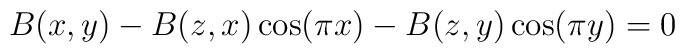
B(x,y) - B(z,x) \cos(\pi x) - B(z,y) \cos(\pi y) = 0